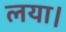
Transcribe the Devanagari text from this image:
लया।